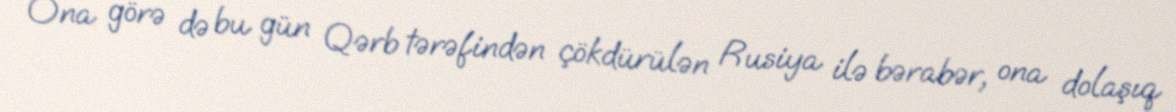
Ona görə də bu gün Qərb tərəfindən çökdürülən Rusiya ilə bərabər, ona dolaşıq